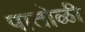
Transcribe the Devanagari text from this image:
पातोळी